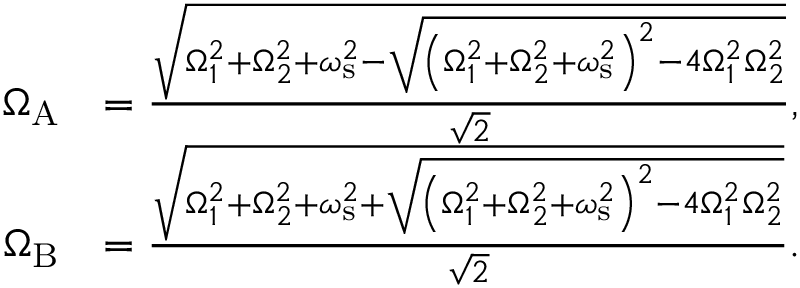
\begin{array} { r l } { \Omega _ { \mathrm { A } } } & { = \frac { \sqrt { \Omega _ { 1 } ^ { 2 } + \Omega _ { 2 } ^ { 2 } + \omega _ { \mathrm { s } } ^ { 2 } - \sqrt { \left( \Omega _ { 1 } ^ { 2 } + \Omega _ { 2 } ^ { 2 } + \omega _ { \mathrm { s } } ^ { 2 } \right) ^ { 2 } - 4 \Omega _ { 1 } ^ { 2 } \Omega _ { 2 } ^ { 2 } } } } { \sqrt { 2 } } , } \\ { \Omega _ { \mathrm { B } } } & { = \frac { \sqrt { \Omega _ { 1 } ^ { 2 } + \Omega _ { 2 } ^ { 2 } + \omega _ { \mathrm { s } } ^ { 2 } + \sqrt { \left( \Omega _ { 1 } ^ { 2 } + \Omega _ { 2 } ^ { 2 } + \omega _ { \mathrm { s } } ^ { 2 } \right) ^ { 2 } - 4 \Omega _ { 1 } ^ { 2 } \Omega _ { 2 } ^ { 2 } } } } { \sqrt { 2 } } . } \end{array}